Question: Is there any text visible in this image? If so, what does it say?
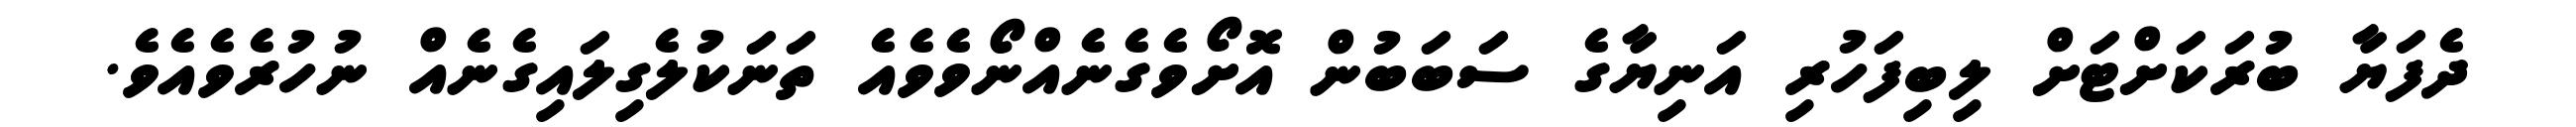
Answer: ދެފަޔާ ބުރަކަށްޓަށް ލިބިފަހުރި އަނިޔާގެ ސަބަބުން އޮށޯވެގެނެއްނޯވެވެއެ ތަނަކުލެގިލައިގެނެއް ނުހުރެވެއެވެ.